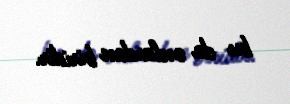
bu da onlardan biridir.